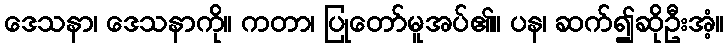
ဒေသနာ၊ ဒေသနာကို။ ကတာ၊ ပြုတော်မူအပ်၏။ ပန၊ ဆက်၍ဆိုဦးအံ့။